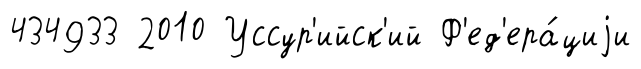
434933 2010 Уссур'ийск'ий Ф'ед'ера́циjи